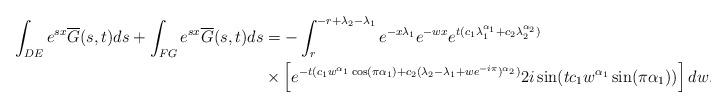
LaTeX: \begin{align*}\int_{DE}e^{sx}\overline{G}(s,t)ds+\int_{FG}e^{sx}\overline{G}(s,t)ds &= -\int_{r}^{-r+\lambda_2-\lambda_1}e^{-x\lambda_1}e^{-wx} e^{t(c_1\lambda_1^{\alpha_1}+c_2\lambda_2^{\alpha_2})}\\&\times\left[e^{-t(c_1 w^{\alpha_1}\cos(\pi \alpha_1)+c_2(\lambda_2-\lambda_1+we^{-i\pi})^{\alpha_2})}2i \sin(t c_1w^{\alpha_1}\sin(\pi \alpha_1)) \right]dw.\end{align*}